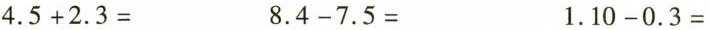
$$4.5+2.3=$$ $$8.4-7.5=$$ $$1.10-0.3=$$